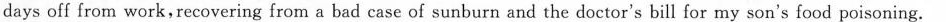
days off from work,recovering from a bad case of sunburn and the doctor's bill for my son's food poisoning.